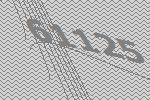
61125